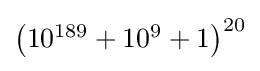
\textstyle \left(10^{189}+10^{9}+1\right)^{20}